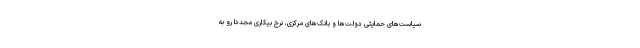
سیاست‌های حمایتی دولت‌ها و بانک‌های مرکزی، نرخ بیکاری مجددا رو به